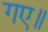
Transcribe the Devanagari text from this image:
गए॥